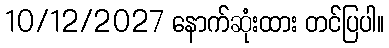
10/12/2027 နောက်ဆုံးထား တင်ပြပါ။